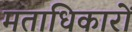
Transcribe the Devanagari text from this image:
मताधिकारों